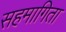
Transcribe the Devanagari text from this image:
सहमागिता